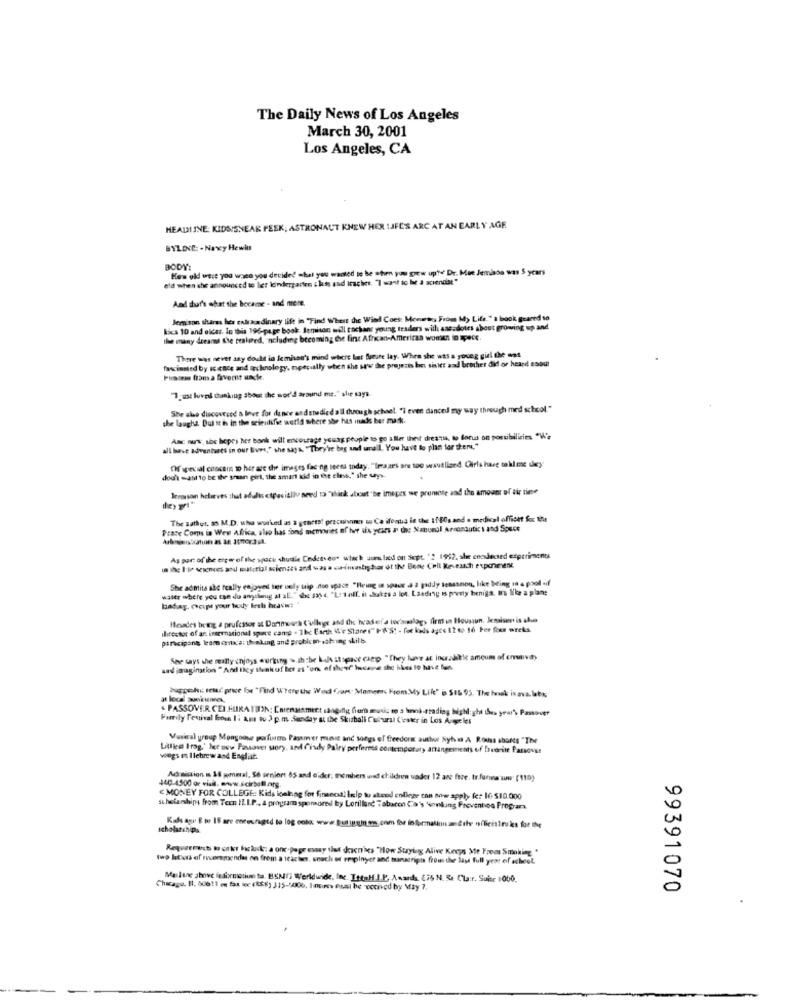
The Daily News of Los Angeles
March 30, 2001
Los Angeles, CA
HEADLINE: KIDSISNEAK PEEK; ASTRONAUT KNEW HER LIFE'S ARC AT AN EARLY AGE
BYLIN: - Navy Hewin
BODY:
How old were you waco you decided what you wanted to be when you grew up!e' Dr. Mee Jemisde was $ ycars
eld when she announced to ler kindergarten class and iraches. "I want to be a sciendar"
And that's what she became - and mere.
Jemison shares hes exlikedinary life in "Find Where the Wind Coes: Momsos From My Life." s book grand so
kics 10 and older. In this 196-page book. Jemison will tochant young leaders with ans.dotes about growing up and
the many dreand the realered, ncluding becoming the first African-American women in apece
fascinated by science and technology, epecially when she saw the projects bir siniet and brother did or heard esoul
There was nevet any dodit in Jemison's mind where hat Suture lay. When she was a young girl the mot
Puratem fram a favoritt undle.
"7. ust luvas thanking about the wor'd around me." she says.
She ahe discovered a love for dance andstudied all through schoel. "I even danced my way through med school."
she laughs Dut it is in the scientific wetid where she has inade ber mack.
Ame non, sos hopes her bank will encourage young people to go after theit dreams, so focus on possibilities "'s
all have adventures in our lives," she saga. "They're bag and warall. You have to plan for tem."
Of special coocem to her are the images facing leens today. "Ireazes are too wsutlined Girls have taklex iey
dou't want to be the saan girl, the smart kid in the class," she says.
lemasson helstves that adulis especially need to "Think about "be images we promote and the amount of tir tine
The Bathur, an M.D. who worked as 3 genets! pracuinnes su Ca ifontis in the 1f 80sand . medical offiott fox tu
Prace Coms is Wew Africa, also has fond memories of her six years a the Natural Arnonbutik i and Specs
As part of the erge of the space shuttle Cndetseus whack uumlicil on sept. '2 1952, she enodected experiments
in the I'de sciences and material sciences and was a investigar of the Bone Coll Keveuch exponeenk
She admita abc really enjoyed her bely trip .non space "Heig in space à à paddy lenasnon, like being 18 a pool -if
waller where you can alu anyslimnig at al." she $35 4. "L: tell. it dates a lot. Lasding is provety beniga. Ins like a plane
badag. Choupi your body lesls heavi: "
Mesades being a prufcisor at Dammeach ('uller and the header a tocarlag> firm un Houssun. Jemaiser is che
shifestor of ar. international space cang . 1bc Earth \'e Store (" IW'S: - for kals ayee 12 6 16 Fer four wrets
paracipone leamerica: 1h aking and problem-soling skilb.
She says she really enjoys working >.ih be ks attpast caep " They luve at incralikle amoum of emva)
and imagination " And they Ilvakuf bet as "on of theer" Incape she hhes lo have fun.
bugpeki telar prece los "Find Where the Wind "sans Moments From My Life" is $16 95. The hook isava. lbs
at local auniciennes.
. PASSOVER CEIFURA TION: Carenaamicit sanging for music to a hinni-trading high: gh thes year", Passover
Family Festival bosn I: ass tu 3 p.m. Sunday at the Skisball Cultural Cater in Los Angeles
Vasital group Mongoose porfures Paysin er must and songs of freedors author Nyha A Rouss shorts "The
Uitlien Irog.' Ice new Pasaver story, and Cindy Palry perferes contemporary attingemments of bovorite Passoust
vings mm Ilebrew and Engliat.
440-4500 or visit. envw.scirball.arg
Admission m $8 general, Sé seniort 85 and oider; members und children vader 12 are free. tr.forma www (110)
C MONEY FOR COLLEGE: Kids loelnag for finanos, help to attend enliege con now apply fe: 16$10.000
scholarships from Tern IL.I.P ., a program sponsored by Lorillard Tobaren Co's Nonking Prevention Programs
0
scholarships
Kids agu 8 to 18 are onesraged to log colo: www.kuliggien;com for informaliman@the nílicistrukes for the
Requerecs works heluck: a one-page essay that descn'es "How Styleg Alive Keeps Me Faom Smoking "
two leters of recommendas on frem a teacher, snach od repinyer and transcript from the last full year of school.
0
Malune above information ta. BSNIJ Worldwide, Inc. IttaH.I.P. Awards, (76 N. S. Cla:r. Suite 1000,
Chicago. B. 00611 en fas tec ($8) 315-1006, Inum Psal he recived by May 7.
0
99391070